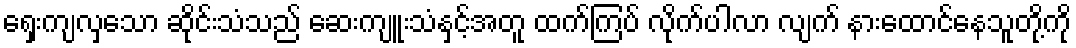
ရှေးကျလှသော ဆိုင်းသံသည် ဆေးကျူးသံနှင့်အတူ ထက်ကြပ် လိုက်ပါလာ လျက် နားထောင်နေသူတို့ကို